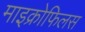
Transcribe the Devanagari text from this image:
माइक्रोफिलस